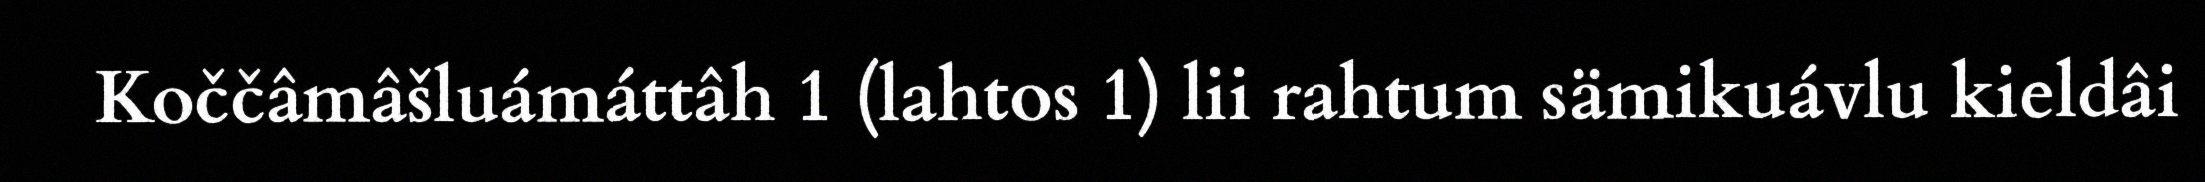
Koččâmâšluámáttâh 1 (lahtos 1) lii rahtum sämikuávlu kieldâi